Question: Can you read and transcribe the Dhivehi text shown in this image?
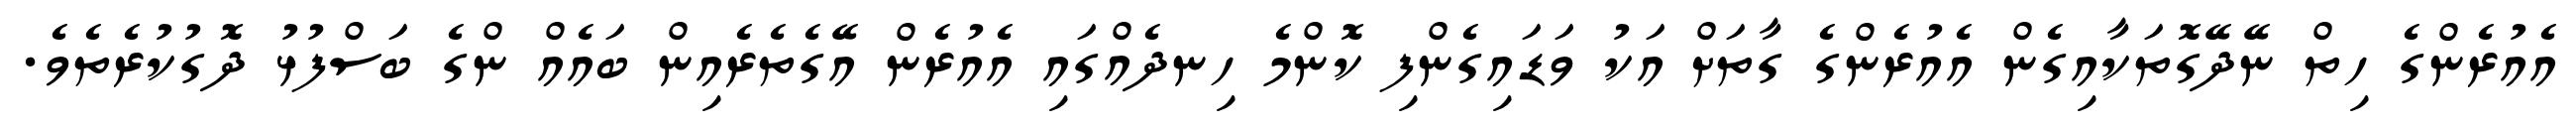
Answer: އެއުރެންގެ ހިތް ނޭދޭގޮތަކާއިގެން އެއުރެންގެ ގާތަށް އަކު ވަޑައިގެންފި ކޮންމެ ހިނދެއްގައި އެއުރެން އޭގެތެރެއިން ބައެއް ންގެ ބަސްފުޅު ދޮގުކުރެތެވެ.